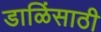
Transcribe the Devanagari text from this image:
डाळिंसाठी